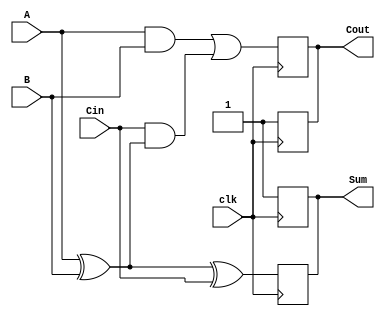
module dynamic_full_adder (
    input wire A,      // First input bit
    input wire B,      // Second input bit
    input wire Cin,    // Carry-in bit
    input wire clk,    // Clock signal
    output reg Sum,    // Sum output
    output reg Cout    // Carry-out output
);

    // Internal signals for dynamic logic
    reg precharge;     // Precharge signal
    reg eval;          // Evaluation signal
    reg A_xor_B;       // Intermediate signal for A XOR B

    // Precharge phase
    always @(posedge clk) begin
        // Precharge phase: set Sum and Cout to high
        precharge <= 1'b1;
        Sum <= 1'b1;
        Cout <= 1'b1;
    end

    // Evaluation phase
    always @(negedge clk) begin
        // Evaluation phase
        precharge <= 1'b0;

        // Compute A XOR B
        A_xor_B = A ^ B;

        // Compute Sum and Cout
        Sum <= A_xor_B ^ Cin; // Sum = A XOR B XOR Cin
        Cout <= (A & B) | (Cin & A_xor_B); // Cout = (A AND B) OR (Cin AND (A XOR B))
    end

endmodule